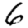
Digit: 6